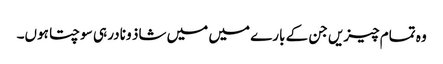
وہ تمام چیزیں جن کے بارے میں میں شاذ و نادر ہی سوچتا ہوں۔